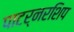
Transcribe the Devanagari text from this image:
पाटर्नरशिप